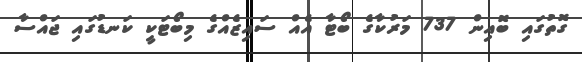
ގޮތުގައި ބޮއިން 737 މަރުކާގެ ބޯޓާ އެއް ސައިޒެއްގެ މިބޯޓަކީ ކަނޑުގައި ޖައްސާ